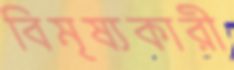
বিমৃষ্যকারী